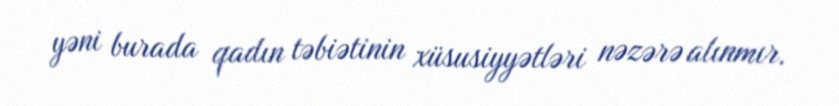
yəni burada qadın təbiətinin xüsusiyyətləri nəzərə alınmır.